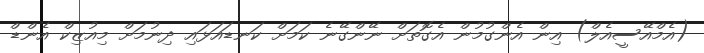
(އެމްއޭސީއެލް) އިން އެންގުމުން އެގޮތަށް ނޭންގޭނެ ކަމަށް ކަނޑައަޅައި ދިނުމަށް މިއުޒިކް އެންޑް